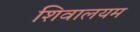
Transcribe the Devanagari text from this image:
शिवालयम